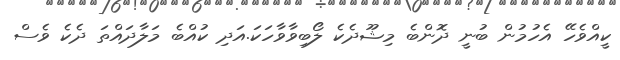
ކީއްވެހޭ އެހުމުން ބުނީ ދޮންބެ މިޝޫދެކެ ލޯބިވާވާހަކަ.އަދި ކުއްބެ މަލާދައްތަ ދެކެ ވެސް